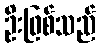
ဦးဖြစ်သည်